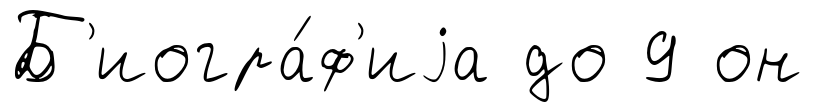
Б'иогра́ф'иjа до 9 он